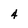
Character: 4